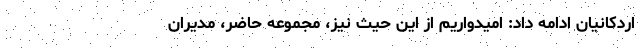
اردکانیان ادامه داد: امیدواریم از این حیث نیز، مجموعه حاضر، مدیران